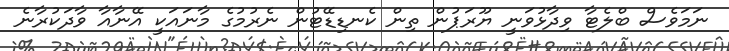
ނަމަވެސް ބްލެޓާ ވިދާޅުވަނީ ޔޫރަޕުން ތިން ކެނޑިޑޭޓުން ނެރުމުގެ މާނައަކީ އޭނާއާ ވާދަކުރާނެ